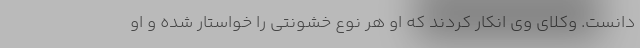
دانست. وکلای وی انکار کردند که او هر نوع خشونتی را خواستار شده و او